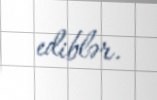
ediblər.